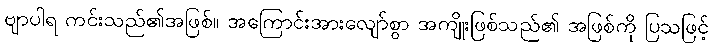
ဗျာပါရ ကင်းသည်၏အဖြစ်။ အကြောင်းအားလျော်စွာ အကျိုးဖြစ်သည်၏ အဖြစ်ကို ပြသဖြင့်